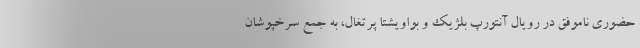
حضوری ناموفق در رویال آنتورپ بلژیک و بواویشتا پرتغال، به جمع سرخپوشان